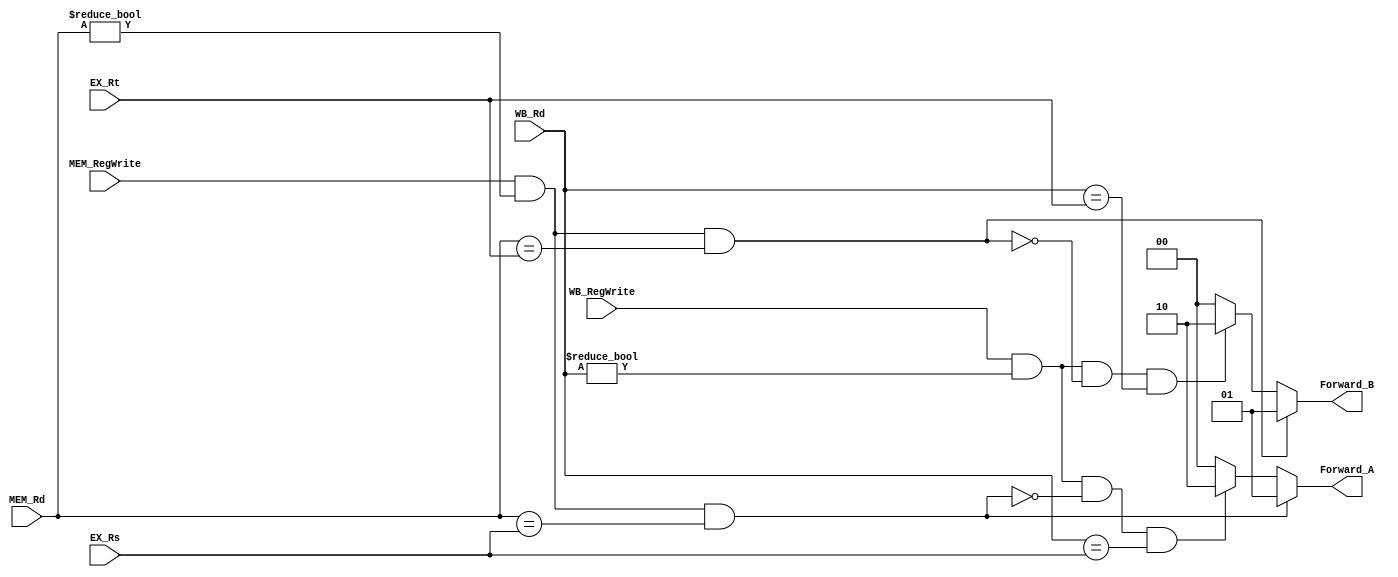
`timescale 1ns / 1ps
// 0516327
//Subject:     CO project 4 - Pipe Register
//--------------------------------------------------------------------------------
//Version:     1
//--------------------------------------------------------------------------------
//Writer:      
//----------------------------------------------
//Date:        
//----------------------------------------------
//Description: 
//--------------------------------------------------------------------------------
module Forwarding(
	EX_Rs,
	EX_Rt,
	MEM_Rd,
	MEM_RegWrite,
	WB_Rd,
	WB_RegWrite,
	Forward_A,
	Forward_B
    );

input 	[4:0]	EX_Rs;
input 	[4:0]	EX_Rt;
input 	[4:0]	MEM_Rd;
input 			MEM_RegWrite;
input 	[4:0]	WB_Rd;
input 			WB_RegWrite;
output	[1:0]	Forward_A;
output	[1:0]	Forward_B;

reg 	[1:0]	result_A = 2'b00;
reg 	[1:0]	result_B = 2'b00;

always@(*)begin
	if((MEM_RegWrite) && (MEM_Rd != 0) && (MEM_Rd == EX_Rs)) result_A = 2'b01;
	else if((WB_RegWrite) && (WB_Rd != 0) && (!((MEM_RegWrite) && (MEM_Rd != 0) && (MEM_Rd == EX_Rs))) && (WB_Rd == EX_Rs)) result_A = 2'b10;
	else result_A = 2'b00;
	if((MEM_RegWrite) && (MEM_Rd != 0) && (MEM_Rd == EX_Rt)) result_B = 2'b01;
	else if((WB_RegWrite) && (WB_Rd != 0) && (!((MEM_RegWrite) && (MEM_Rd != 0) && (MEM_Rd == EX_Rt))) && (WB_Rd == EX_Rt)) result_B = 2'b10;
	else result_B = 2'b00;
end

assign Forward_A = result_A;
assign Forward_B = result_B;

endmodule